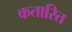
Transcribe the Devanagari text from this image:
कतारित